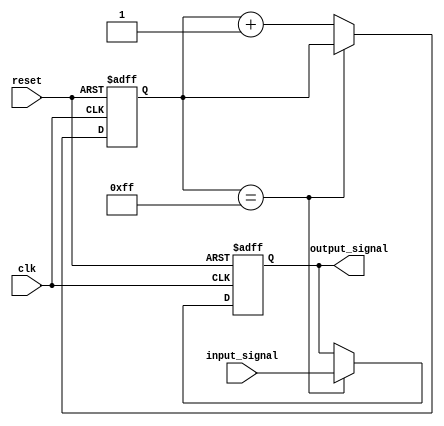
module latch_delay (
    input wire clk,
    input wire reset,
    input wire input_signal,
    output reg output_signal
);

reg [7:0] delay_counter;

always @(posedge clk or posedge reset) begin
    if (reset) begin
        delay_counter <= 8'b00000000;
        output_signal <= 1'b0;
    end else begin
        if (delay_counter == 8'b11111111) begin
            output_signal <= input_signal;
        end else begin
            delay_counter <= delay_counter + 1;
        end
    end
end

endmodule